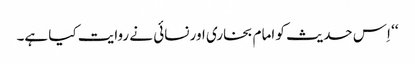
‘‘ اِس حدیث کو امام بخاری اور نسائی نے روایت کیا ہے۔